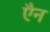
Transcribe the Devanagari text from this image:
एैन